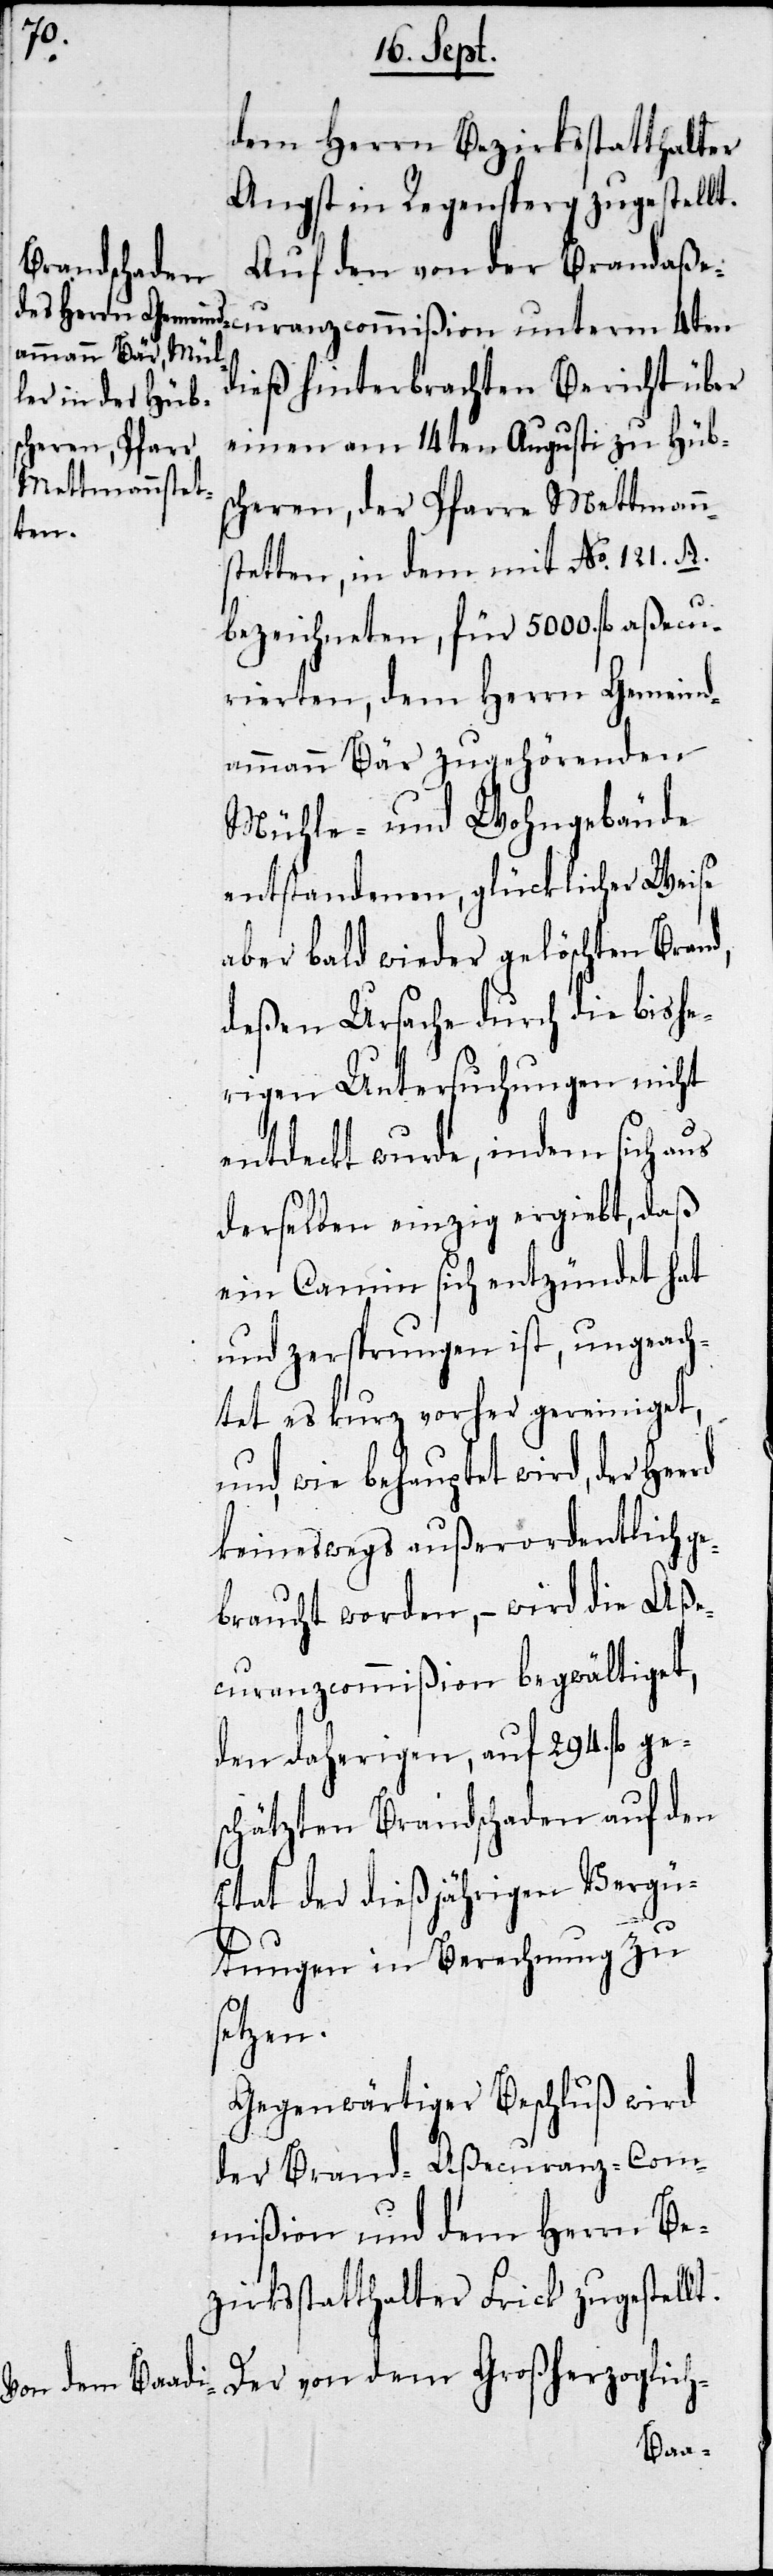
d,

Herrn Bezirksstatthalter
Angst in Regensperg zugestellt.
Auf den von der Brandaße¬
curanzcommißion unterm 4ten
dieß hinterbrachten Bericht über
einen am 14ten Augusti zu Hübs¬
cheren, der Pfarre Mettmann¬
stetten, in dem mit No. 121. A.
bezeichneten, für 5000. aßecu¬
rierten, dem Herrn Gemeind¬
ammann Bär zugehörenden
Mühle- und Wohngebäude
entstandenen, glücklicher Weise
aber bald wieder gelöschten Bran¬
deßen Ursache durch die bishe¬
rigen Untersuchungen nicht
entdeckt wurde, indem sich aus
derselben einzig ergiebt, daß
ein Camin sich entzündet hat
und zersprungen ist, ungeach¬
tet es kurz vorher gereiniget,
und, wie behauptet wird, der
keineswegs außerordentlich ge¬
braucht worden, – wird die Aße¬
curanzcommißion begwältiget,
den daherigen, auf 294. fl ge¬
schätzten Brandschaden auf den
Etat der dießjährigen Vergü¬
tungen in Berechnung zu
setzen.
Gegenwärtiger Beschluß wird
der Brand-Aßecuranz-Com¬
mißion und dem Herrn Be¬
zirksstatthalter Frick zugestellt.
Der von dem Großherzoglich-